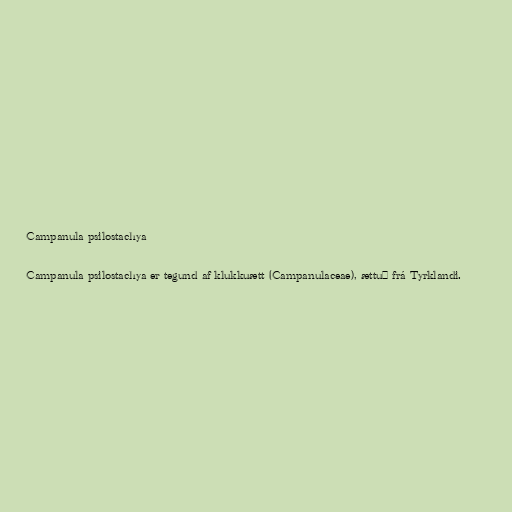
Campanula psilostachya

Campanula psilostachya er tegund af klukkuætt (Campanulaceae), ættuð frá Tyrklandi.